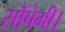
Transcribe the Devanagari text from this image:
सौंपेगी।